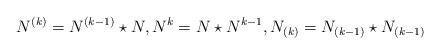
LaTeX: \begin{align*}N^{(k)}=N^{(k-1)}\star N,N^{k}=N\star N^{k-1},N_{(k)}=N_{(k-1)}\star N_{(k-1)}\end{align*}